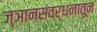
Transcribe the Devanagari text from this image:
ज्ञानसंवर्धनातून